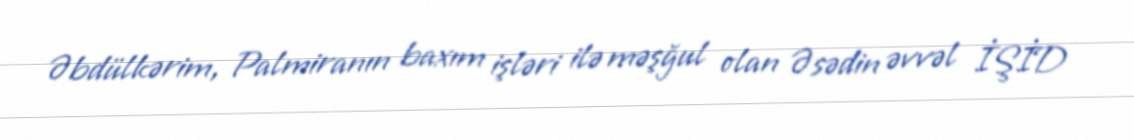
Əbdülkərim, Palmiranın baxım işləri ilə məşğul olan Əsədin əvvəl İŞİD